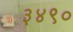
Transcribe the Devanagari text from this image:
३४९०